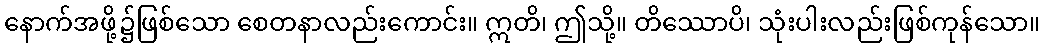
နောက်အဖို့၌ဖြစ်သော စေတနာလည်းကောင်း။ ဣတိ၊ ဤသို့။ တိဿောပိ၊ သုံးပါးလည်းဖြစ်ကုန်သော။